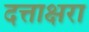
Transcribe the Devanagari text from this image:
दत्ताक्षरा